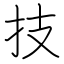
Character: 技